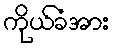
ကိုယ်ခံအား